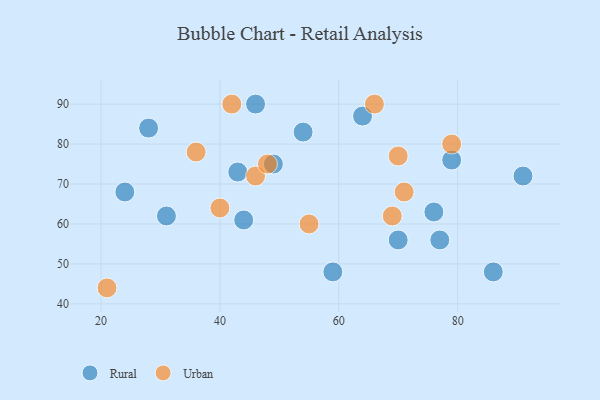
{"axis": {"x": "GDP", "y": "Life Expectancy"}, "legend": ["Rural", "Urban"], "data": [{"x": "64", "y": 87, "type": "Rural"}, {"x": "79", "y": 76, "type": "Rural"}, {"x": "49", "y": 75, "type": "Rural"}, {"x": "77", "y": 56, "type": "Rural"}, {"x": "31", "y": 62, "type": "Rural"}, {"x": "59", "y": 48, "type": "Rural"}, {"x": "43", "y": 73, "type": "Rural"}, {"x": "28", "y": 84, "type": "Rural"}, {"x": "76", "y": 63, "type": "Rural"}, {"x": "70", "y": 56, "type": "Rural"}, {"x": "46", "y": 90, "type": "Rural"}, {"x": "91", "y": 72, "type": "Rural"}, {"x": "86", "y": 48, "type": "Rural"}, {"x": "44", "y": 61, "type": "Rural"}, {"x": "24", "y": 68, "type": "Rural"}, {"x": "54", "y": 83, "type": "Rural"}, {"x": "40", "y": 64, "type": "Urban"}, {"x": "46", "y": 72, "type": "Urban"}, {"x": "21", "y": 44, "type": "Urban"}, {"x": "55", "y": 60, "type": "Urban"}, {"x": "36", "y": 78, "type": "Urban"}, {"x": "79", "y": 80, "type": "Urban"}, {"x": "69", "y": 62, "type": "Urban"}, {"x": "71", "y": 68, "type": "Urban"}, {"x": "70", "y": 77, "type": "Urban"}, {"x": "42", "y": 90, "type": "Urban"}, {"x": "48", "y": 75, "type": "Urban"}, {"x": "66", "y": 90, "type": "Urban"}]}